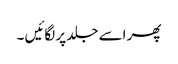
پھر اسے جلد پر لگائیں ۔